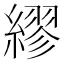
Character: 繆